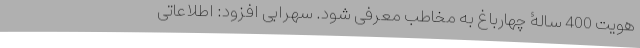
هویت 400 سالۀ چهارباغ به مخاطب معرفی شود. سهرابی افزود: اطلاعاتی